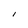
Character: l